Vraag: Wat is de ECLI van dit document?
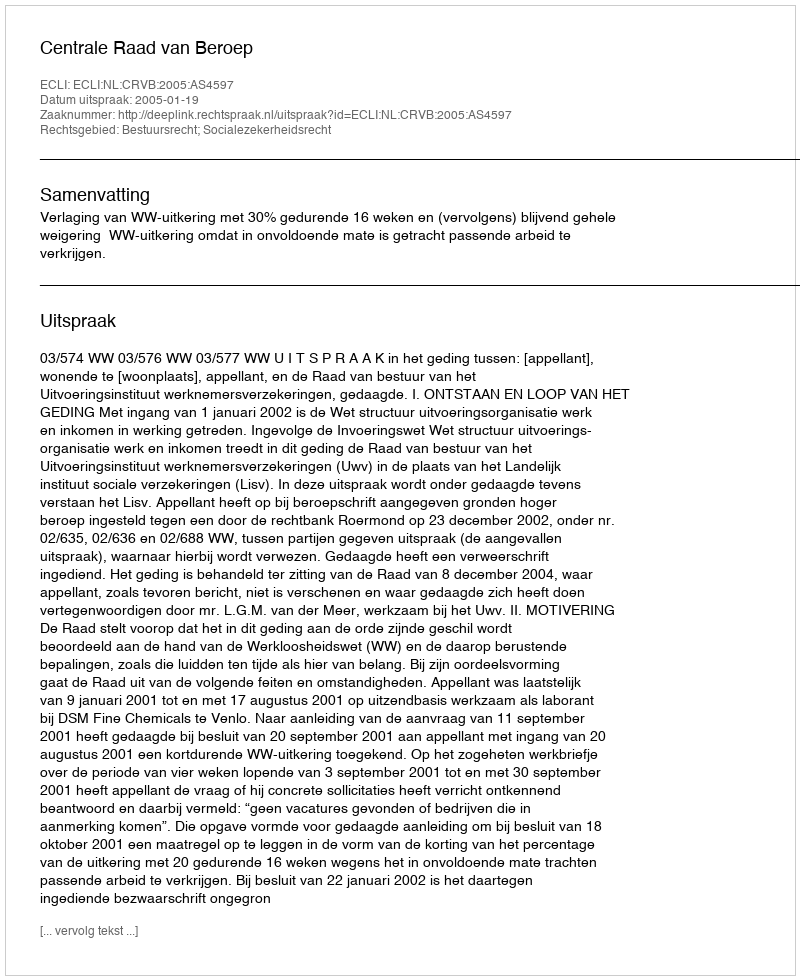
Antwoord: ECLI:NL:CRVB:2005:AS4597